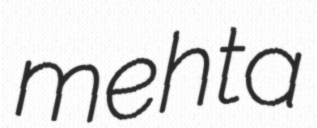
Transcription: mehta